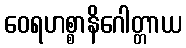
ဝေရဟစ္စာနိဂေါတ္တာယ